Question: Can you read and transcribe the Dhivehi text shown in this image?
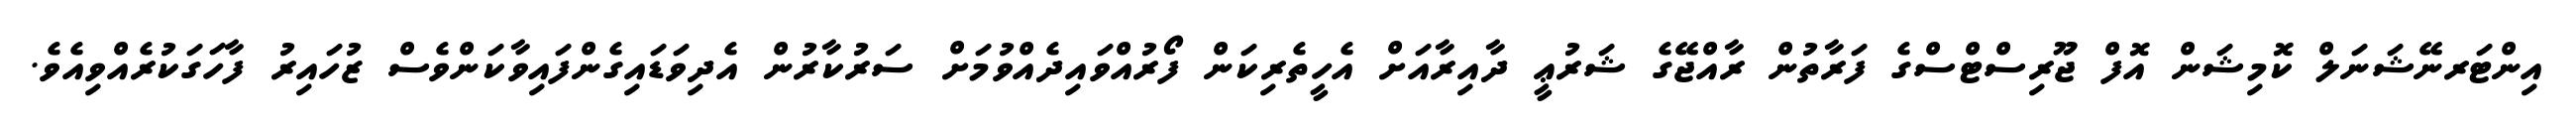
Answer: އިންޓަރނޭޝަނަލް ކޮމިޝަން އޮފް ޖޫރިސްޓްސްގެ ފަރާތުން ރާއްޖޭގެ ޝަރުޢީ ދާއިރާއަށް އެހީތެރިކަން ފޯރުއްވައިދެއްވުމަށް ސަރުކާރުން އެދިވަޑައިގެންފައިވާކަންވެސް ޒުހައިރު ފާހަގަކުރެއްވިއެވެ.